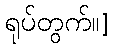
ရုပ်တွက်။]